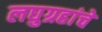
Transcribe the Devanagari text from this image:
लघुग्रहांचे